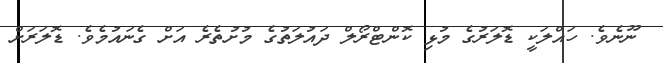
ނޫނެވެ. ހައްލަކީ ޑޮލަރުގެ މުޅި ކޮންޓްރޯލް ދައުލަތުގެ މުށުތެރެ އަށް ގެނައުމެވެ. ޑޮލަރަށް